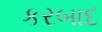
કરબાદ